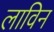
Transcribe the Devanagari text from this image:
लाविन